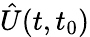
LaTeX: \hat{U}(t,t_{0})